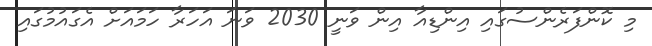
މި ކޮންފަރެންސުގައި އިންޑިއާ އިން ވަނީ 2030 ވަނަ އަހަރާ ހަމައަށް އެގައުމުގައި